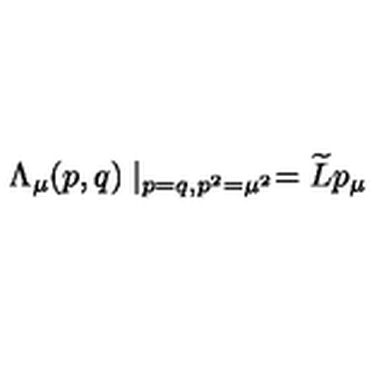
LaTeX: \Lambda _ { \mu } ( p , q ) \mid _ { p = q , p ^ { 2 } = \mu ^ { 2 } } = \widetilde { L } p _ { \mu }